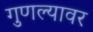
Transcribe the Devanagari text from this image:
गुणल्यावर